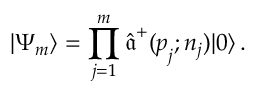
| \Psi _ { m } \rangle = \prod _ { j = 1 } ^ { m } \hat { \boldsymbol { \mathfrak a } } ^ { + } ( \boldsymbol { p } _ { j } ; n _ { j } ) | 0 \rangle \, .